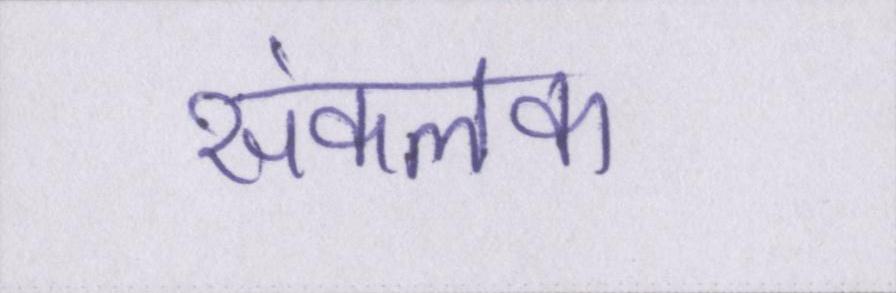
संकलक